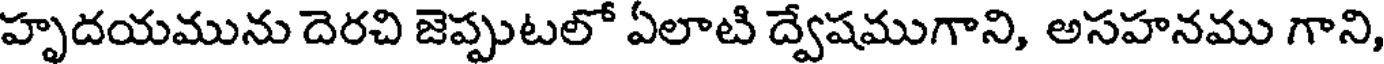
హృదయమును దెరచి జెప్పుటలో ఏలాటి ద్వేషముగాని, అసహనము గాని,